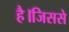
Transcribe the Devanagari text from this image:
है।जिससे